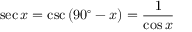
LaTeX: \sec x = \csc \left( 9 0 ^ { \circ } - x \right) = { \frac { 1 } { \cos x } }